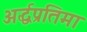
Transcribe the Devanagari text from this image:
अर्द्धप्रतिमा